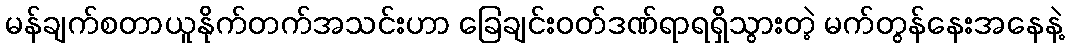
မန်ချက်စတာယူနိုက်တက်အသင်းဟာ ခြေချင်းဝတ်ဒဏ်ရာရရှိသွားတဲ့ မက်တွန်နေးအနေနဲ့